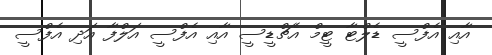
އާއި އެފްސީ ޑެލްޓާ ޓީމް އެޗްޑީސީ އާއި އެފްސީ އަލްފާ އަދި އެފްސީ